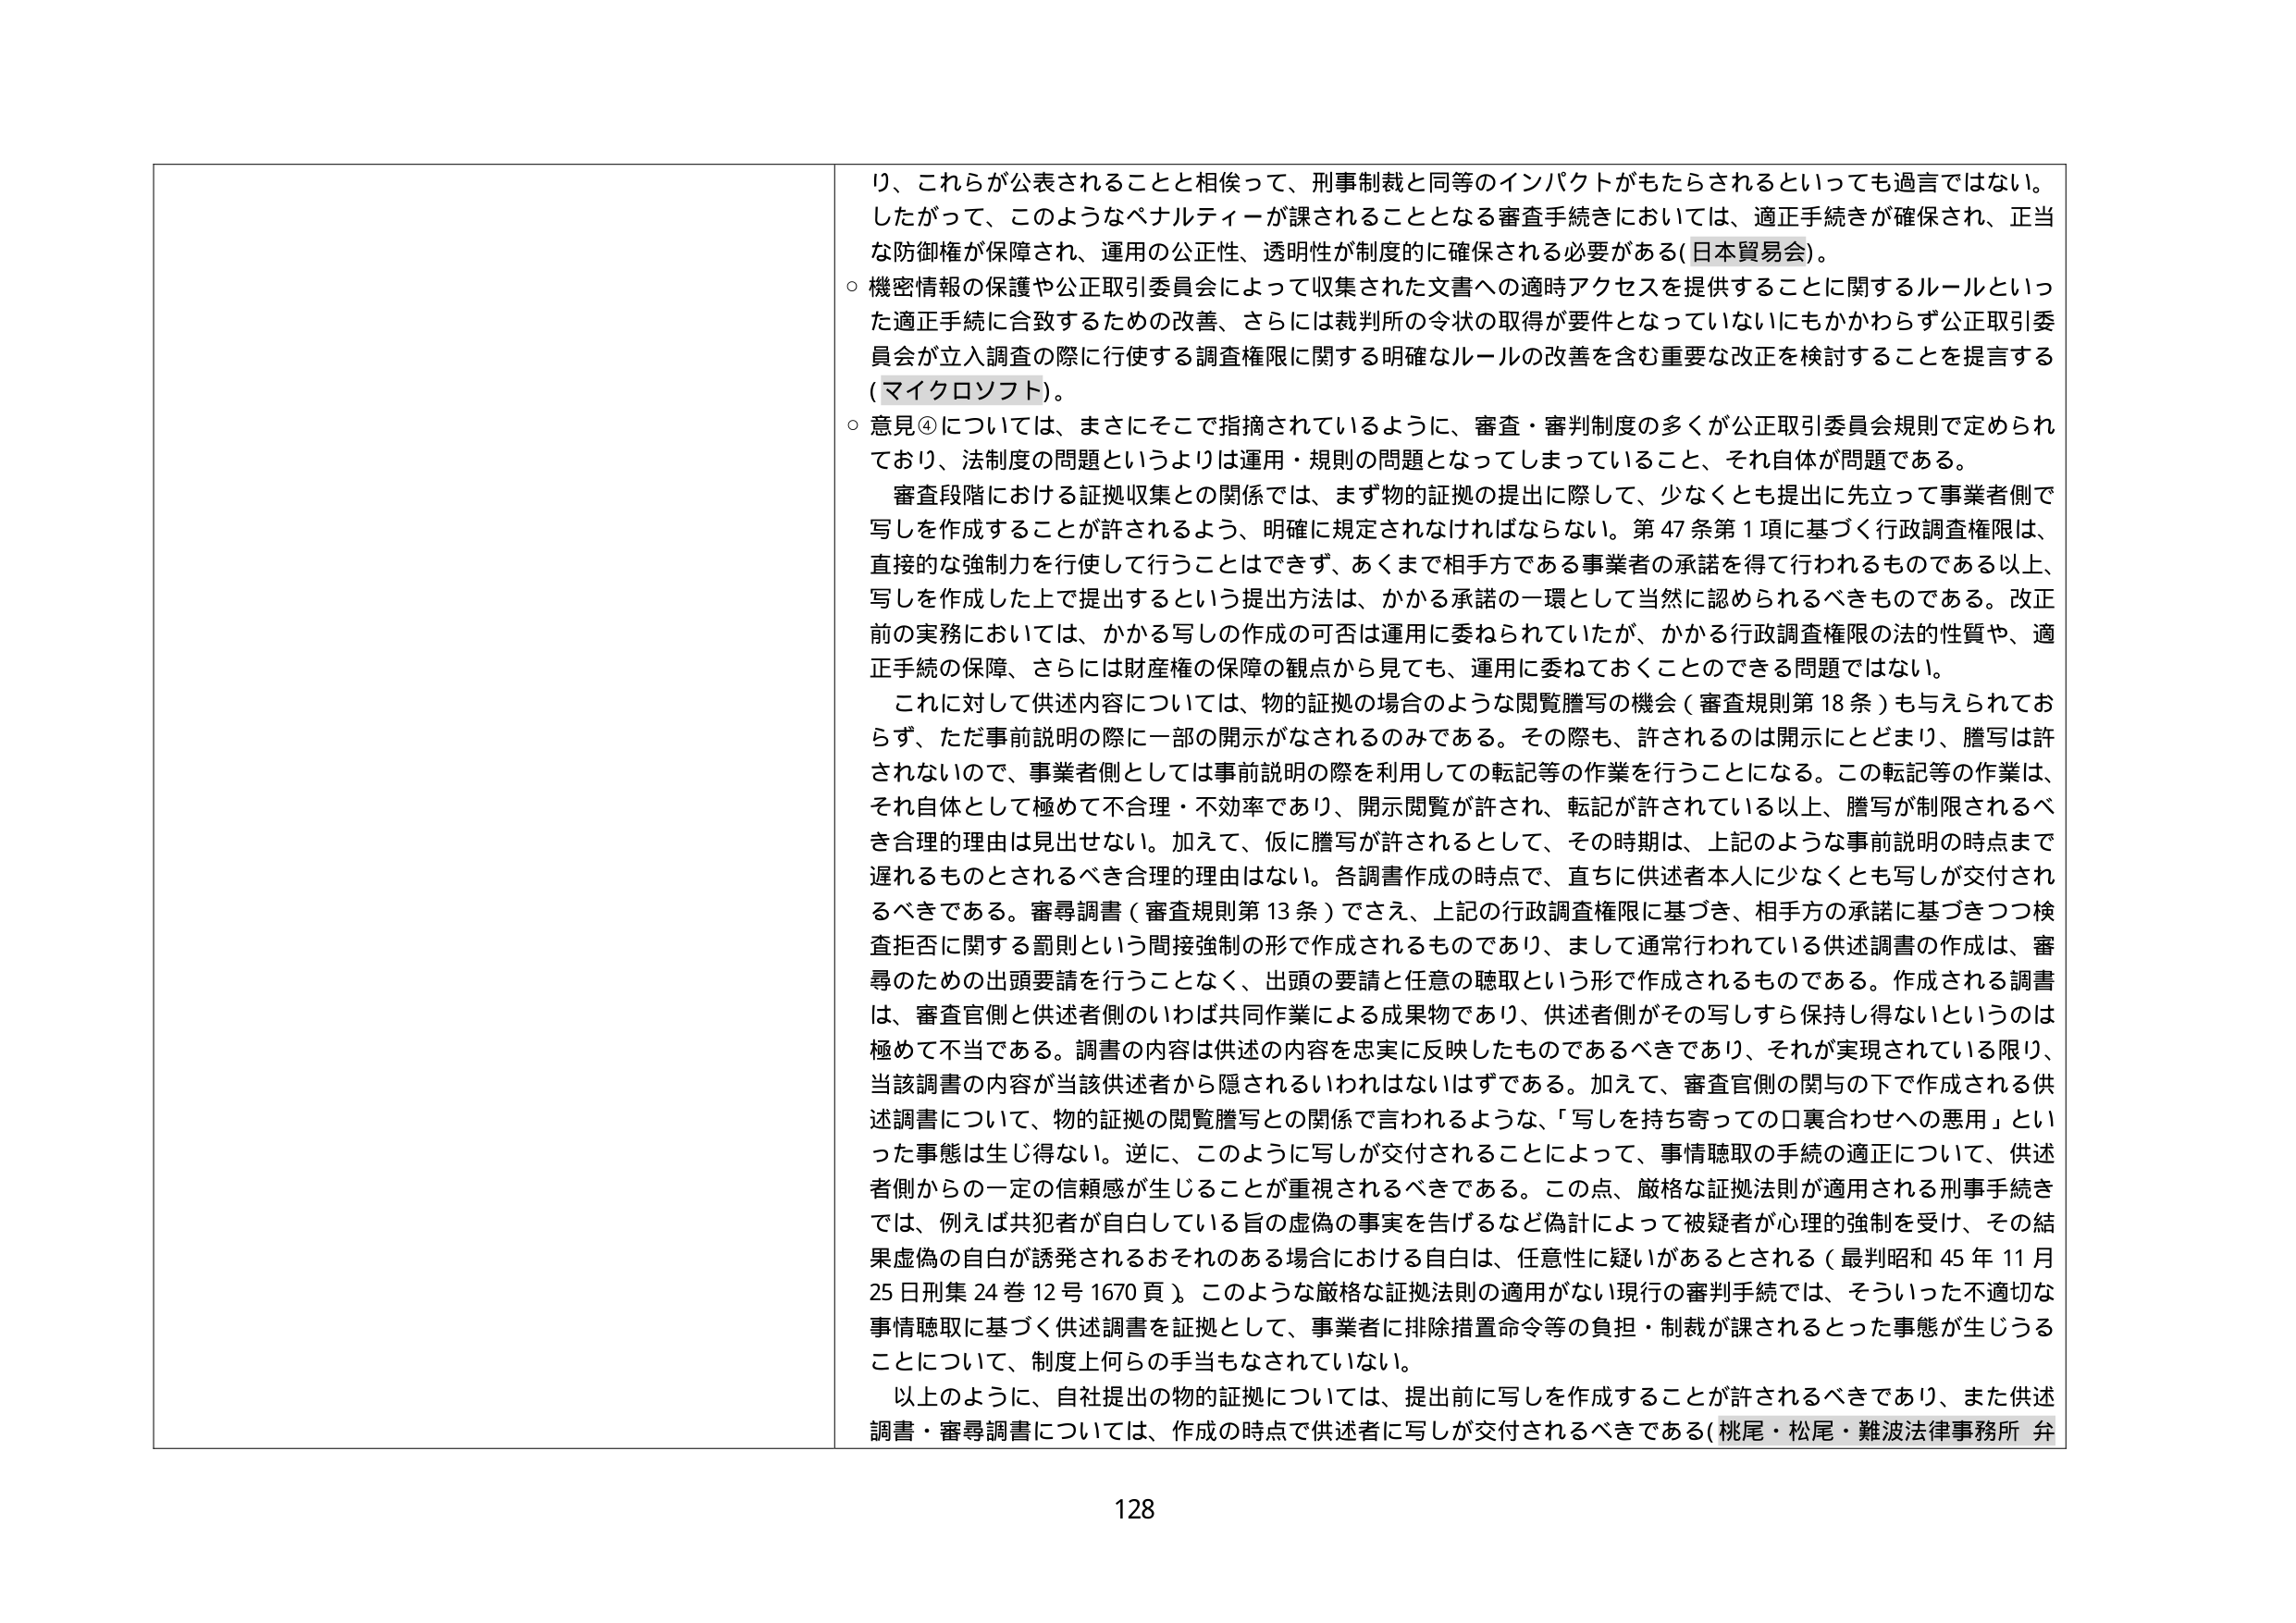
り、これらが公表されることと相俟って、刑事制裁と同等のインパクトがもたらされるといっても過言ではない。
したがって、このようなペナルティが課されることとなる審査手続きにおいては、適正手続きが確保され、正当な防御権が保障され、運用の公正性、透明性が制度的に確保される必要がある（日本貿易会）。
○ 機密情報の保護や公正取引委員会によって収集された文書への適時アクセスを提供することに関するルールといった適正手続に合致するための改善、さらには裁判所の令状の取得が要件となっていないにもかかわらず公正取引委員会が立入調査の際に行使する調査権限に関する明確なルールの改善を含む重要な改正を検討することを提言する（マイクロソフト）。
○ 意見④については、まさにそこで指摘されているように、審査・審判制度の多くが公正取引委員会規則で定められており、法制度の問題というよりは運用・規則の問題となってしまっていること、それ自体が問題である。
　審査段階における証拠収集との関係では、まず物的証拠の提出に際して、少なくとも提出に先立って事業者側で写しを作成することが許されるよう、明確に規定されなければならない。第47条第1項に基づく行政調査権限は、直接的な強制力を行使して行うことはできず、あくまで相手方である事業者の承諾を得て行われるものである以上、写しを作成した上で提出するという提出方法は、かかる承諾の一環として当然に認められるべきものである。改正前の実務においては、かかる写しの作成の可否は運用に委ねられていたが、かかる行政調査権限の法的性質や、適正手続の保障、さらには財産権の保障の観点から見ても、運用に委ねておくことのできる問題ではない。
　これに対して供述内容については、物的証拠の場合のような閲覧謄写の機会（審査規則第18条）も与えられておらず、ただ事前説明の際に一部の開示がなされるのみである。その際も、許されるのは開示にとどまり、謄写は許されないので、事業者側としては事前説明の際を利用しての転記等の作業を行うことになる。この転記等の作業は、それ自体として極めて不合理・不効率であり、開示閲覧が許され、転記が許されている以上、謄写が制限されるべき合理的理由は見出せない。加えて、仮に謄写が許されるとして、その時期は、上記のような事前説明の時点まで遅れるものとされるべき合理的理由はない。各調書作成の時点で、直ちに供述者本人に少なくとも写しが交付されるべきである。審尋調書（審査規則第13条）でさえ、上記の行政調査権限に基づき、相手方の承諾に基づきつつ検査拒否に関する罰則という間接強制の形で作成されるものであり、まして通常行われている供述調書の作成は、審尋のための出頭要請を行うことなく、出頭の要請と任意の聴取という形で作成されるものである。作成される調書は、審査官側と供述者側のいわば共同作業による成果物であり、供述者側がその写しすら保持し得ないというのは極めて不当である。調書の内容は供述の内容を忠実に反映したものであるべきであり、それが実現されている限り、当該調書の内容が当該供述者から隠されるいわれはないはずである。加えて、審査官側の関与の下で作成される供述調書について、物的証拠の閲覧謄写との関係で言われるような、「写しを持ち寄っての口裏合わせへの悪用」といった事態は生じ得ない。逆に、このように写しが交付されることによって、事情聴取の手続の適正について、供述者側からの一定の信頼感が生じることが重視されるべきである。この点、厳格な証拠法則が適用される刑事手続きでは、例えば共犯者が自白している旨の虚偽の事実を告げるなど偽計によって被疑者が心理的強制を受け、その結果虚偽の自白が誘発されるおそれのある場合における自白は、任意性に疑いがあるとされる（最判昭和45年11月25日刑集24巻12号1670頁）。このような厳格な証拠法則の適用がない現行の審判手続では、そういった不適切な事情聴取に基づく供述調書を証拠として、事業者に排除措置命令等の負担・制裁が課されるといった事態が生じることについて、制度上何らの手当もなされていない。
　以上のように、自社提出の物的証拠については、提出前に写しを作成することが許されるべきであり、また供述調書・審尋調書については、作成の時点で供述者に写しが交付されるべきである（桃尾・松尾・難波法律事務所 弁

128